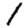
Digit: 1